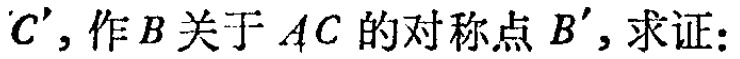
$C'$，作$B$关于$AC$的对称点$B'$，求证：